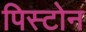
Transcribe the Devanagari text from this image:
पिस्टोन